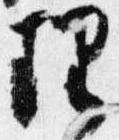
理